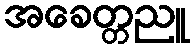
အခေတ္တညူ